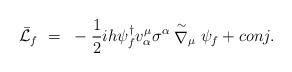
LaTeX: \begin{align*}\bar{\cal L}_f~=~-{1 \over 2} ih\psi_f^{\dagger} v_{\alpha}^{\mu}\sigma^{\alpha} \stackrel{\sim}{\nabla}_{\mu} \psi_f + conj.\end{align*}